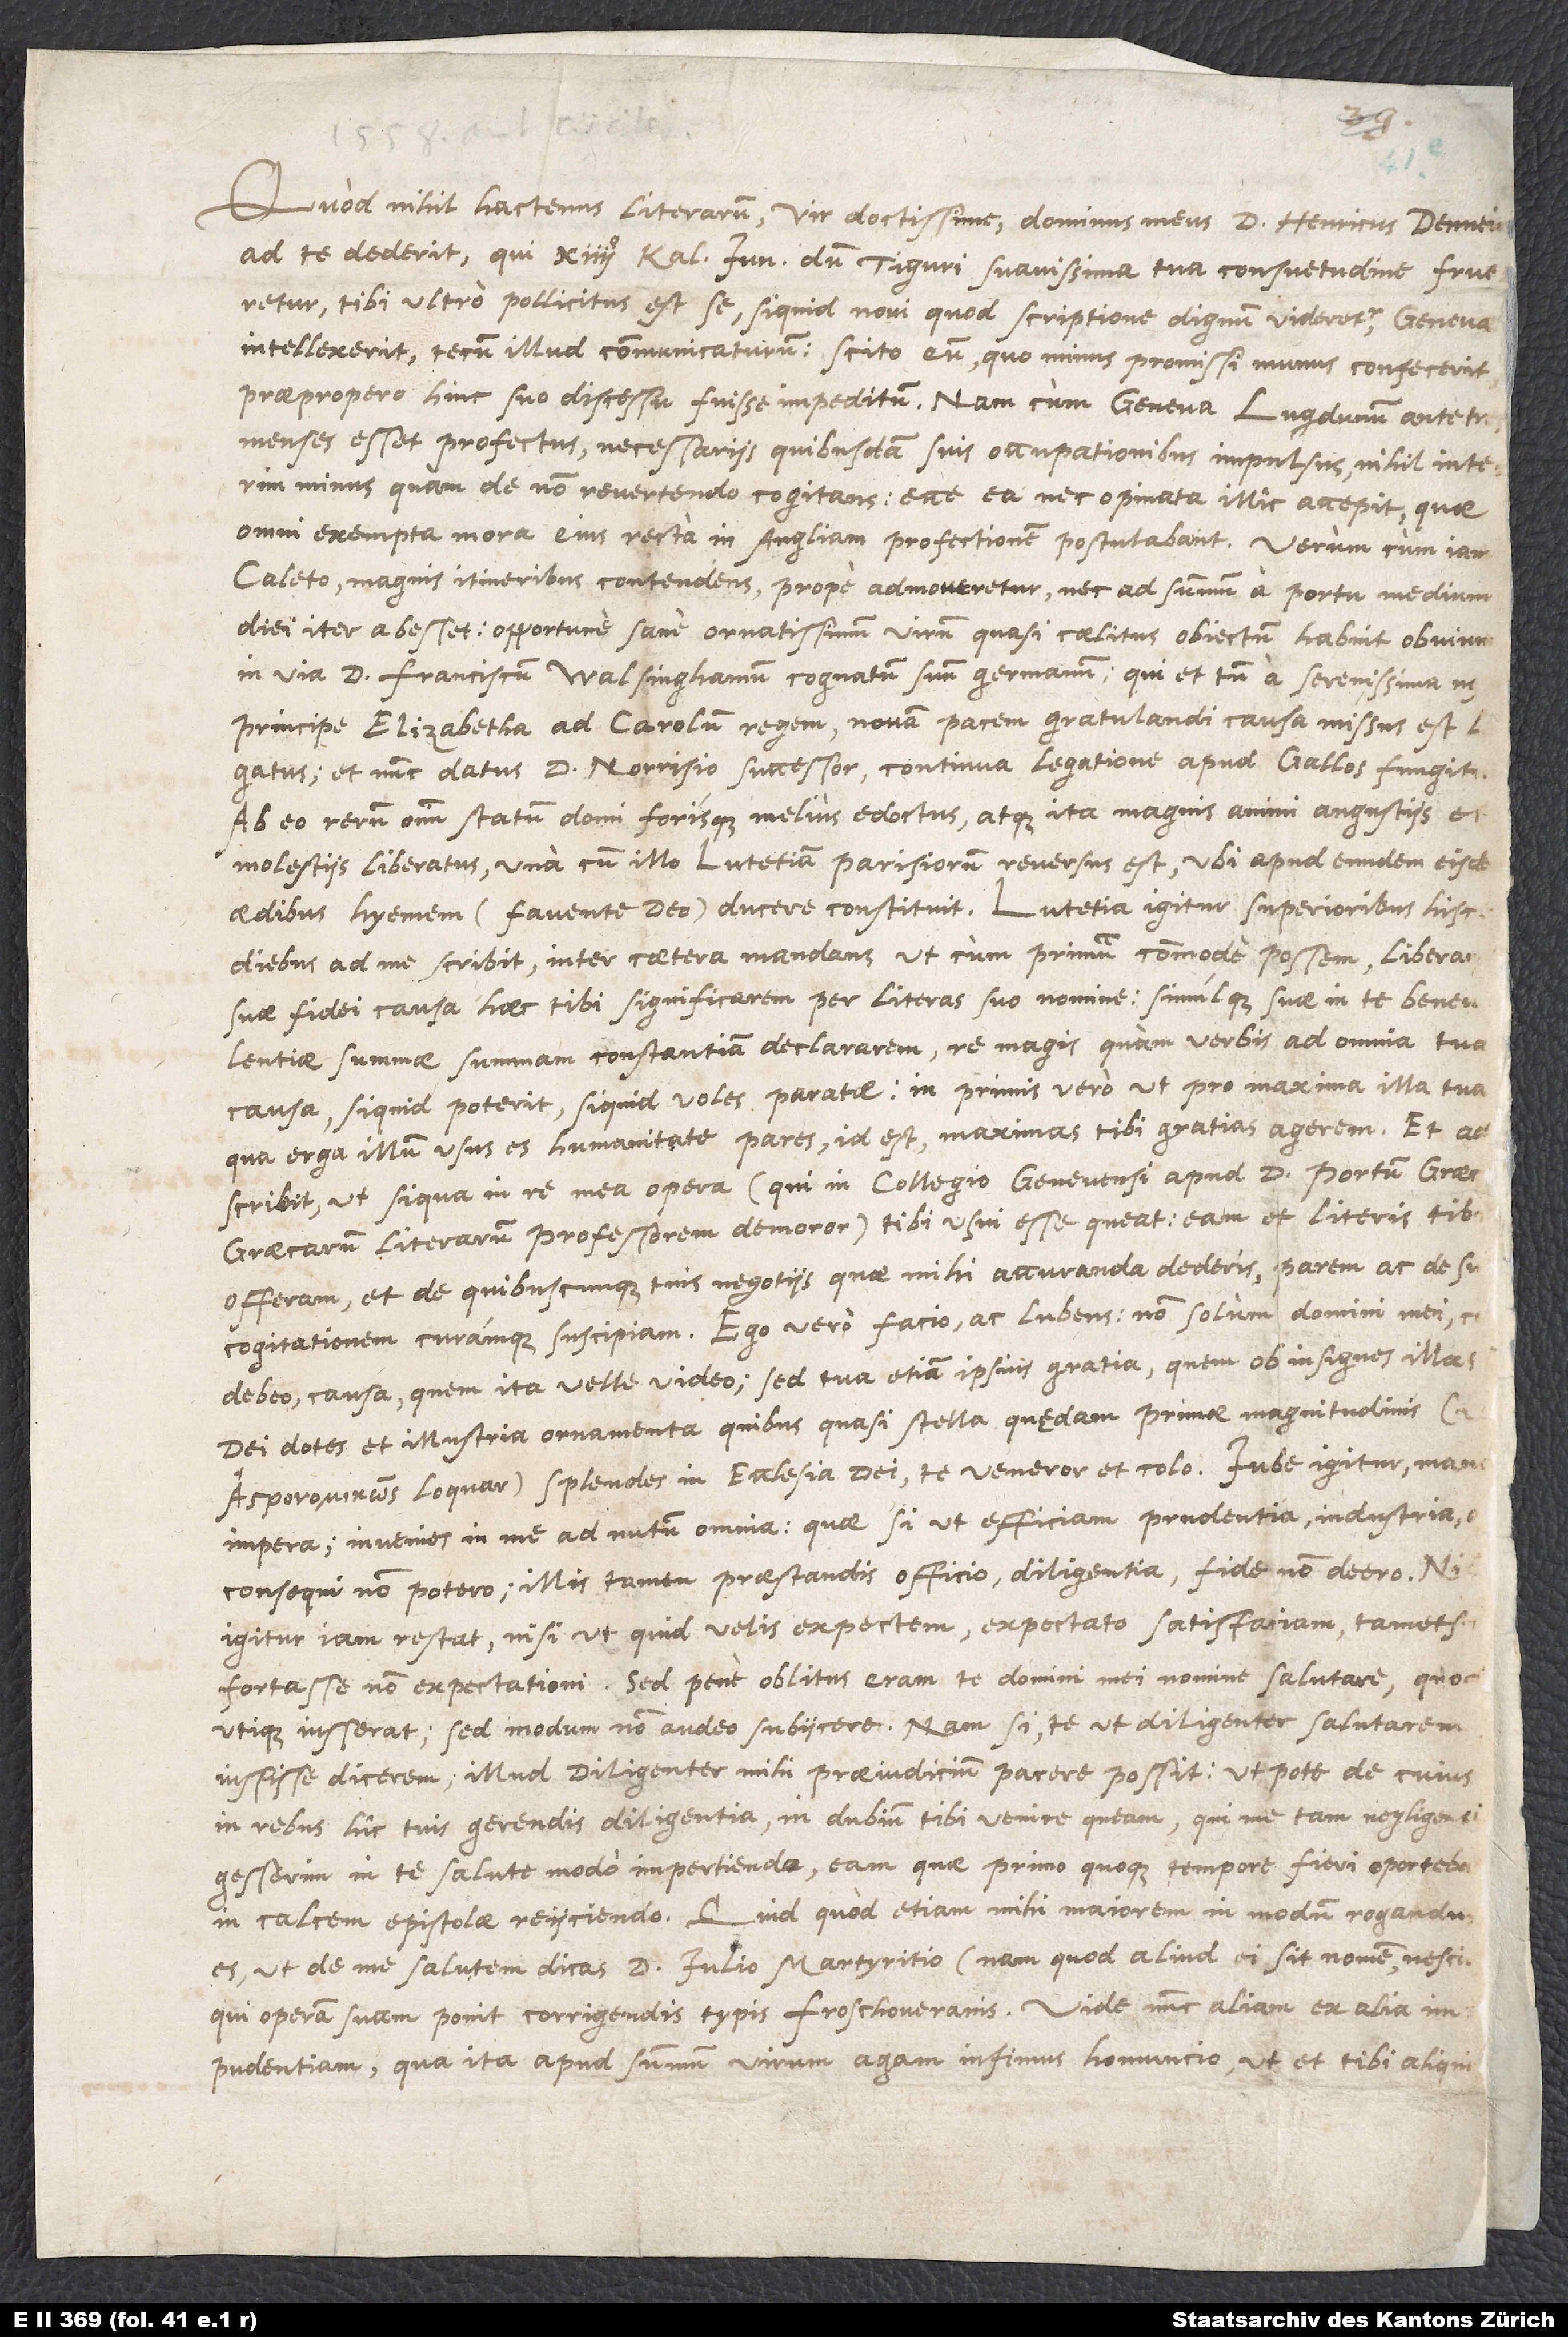
Quod nihil hactenus literarum, vir doctissime, dominus meus d. Henricus Deuneius
ad te dederit, qui 14 kalendas iunii, dum Tiguri suavissima tua consuetudine frueretur,
tibi ultro pollicitus est se, si quid novi, quod scriptione dignum videretur, Geneva
intellexerit, tecum illud communicaturum; scito eum, quo minus promissi munus confecerit,
esset profectus, necessariis quibusdam suis occupationibus impulsus, nihil interim
minus quam de non revertendo cogitans, ecce! ea nec opinata illic accepit, quae
omni exempta mora eius recta in Angliam profectionem postulabant. Verum cum iam
Caleto, magnis itineribus contendens, prope admoveretur, nec ad summum a portu medium
iter abesset; opportune sane ornatissimum virum, quasi coelitus obiectum, habuit obvium
in via d. Franciscum Walsinghamum, cognatum suum germanum, qui et tum a serenissima nostra
principe Elizabetha ad Carolum regem, novam pacem gratulandi causa, missus est
et nunc datus d. Norrisio successor, continua legatione apud Gallos fungitur.
Ab eo rerum omnium statum domi forisque melius edoctus, atque ita magnis animi angustiis et
molestiis liberatus, una cum illo Lutetiam Parisiorum reversus est, ubi apud eundem eisdem
aedibus hyemem (favente deo) ducere constituit. Lutetia igitur superioribus hisce
diebus ad me scribit, inter caetera mandans, ut cum primum commode possem, liberandae
suae fidei causa haec tibi significarem per literas suo nomine; simulque suae in te benevolentiae
summae summam constantiam declararem, re magis quam verbis ad omnia tua
causa, si quid poterit, si quid voles, paratae; in primis vero, ut pro maxima illa tua,
qua erga illum usus es humanitate, pares, id est maximas, tibi gratias agerem. Et
adscribit, ut si qua in re mea opera (qui in collegio Genevensi apud d. Portum, Graecarum
literarum professorem, demoror) tibi usui esse queat, eam et literis tibi
offeram, et de quibuscunque tuis negotiis, quae mihi accuranda dederis, parem ac de suis
cogitationem curamque suscipiam. Ego vero facio, ac lubens: non solum domini mei,
debeo, causa, quem ita velle video; sed tua etiam ipsius gratia, quem ob insignes illas
dei dotes et illustria ornamenta, quibus quasi stella quędam primae magnitudinis (ut
astronomikws loquar) splendes in ecclesia dei, te veneror et colo. Iube igitur, manda,
impera; invenies in me ad nutum omnia: quae si ut efficiam, prudentia, industria,
utique iusserat; sed modum non audeo subiicere. Nam si, te ut diligenter salutarem,
in rebus hic tuis gerendis diligentia in dubium tibi venire queam, qui me tam negligentem
gesserim in te salute modo impertienda, eam, quae primo quoque tempore fieri oportebat,
in calcem epistolae reiiciendo. Quid quod etiam mihi maiorem in modum rogandus
es, ut de me salutem dicas d. Iulio Martyritio (nam quod aliud ei sit nomen nescio),
qui operam suam ponit corrigendis typis Froschoueranis. Vide nunc aliam ex alia
impudentiam, qua ita apud summum virum agam infimus homuncio, ut et tibi aliquid